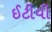
ઈટીવી